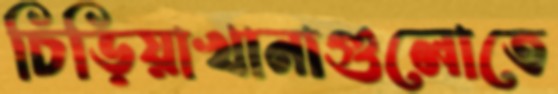
চিড়িয়াখানাগুলোতে